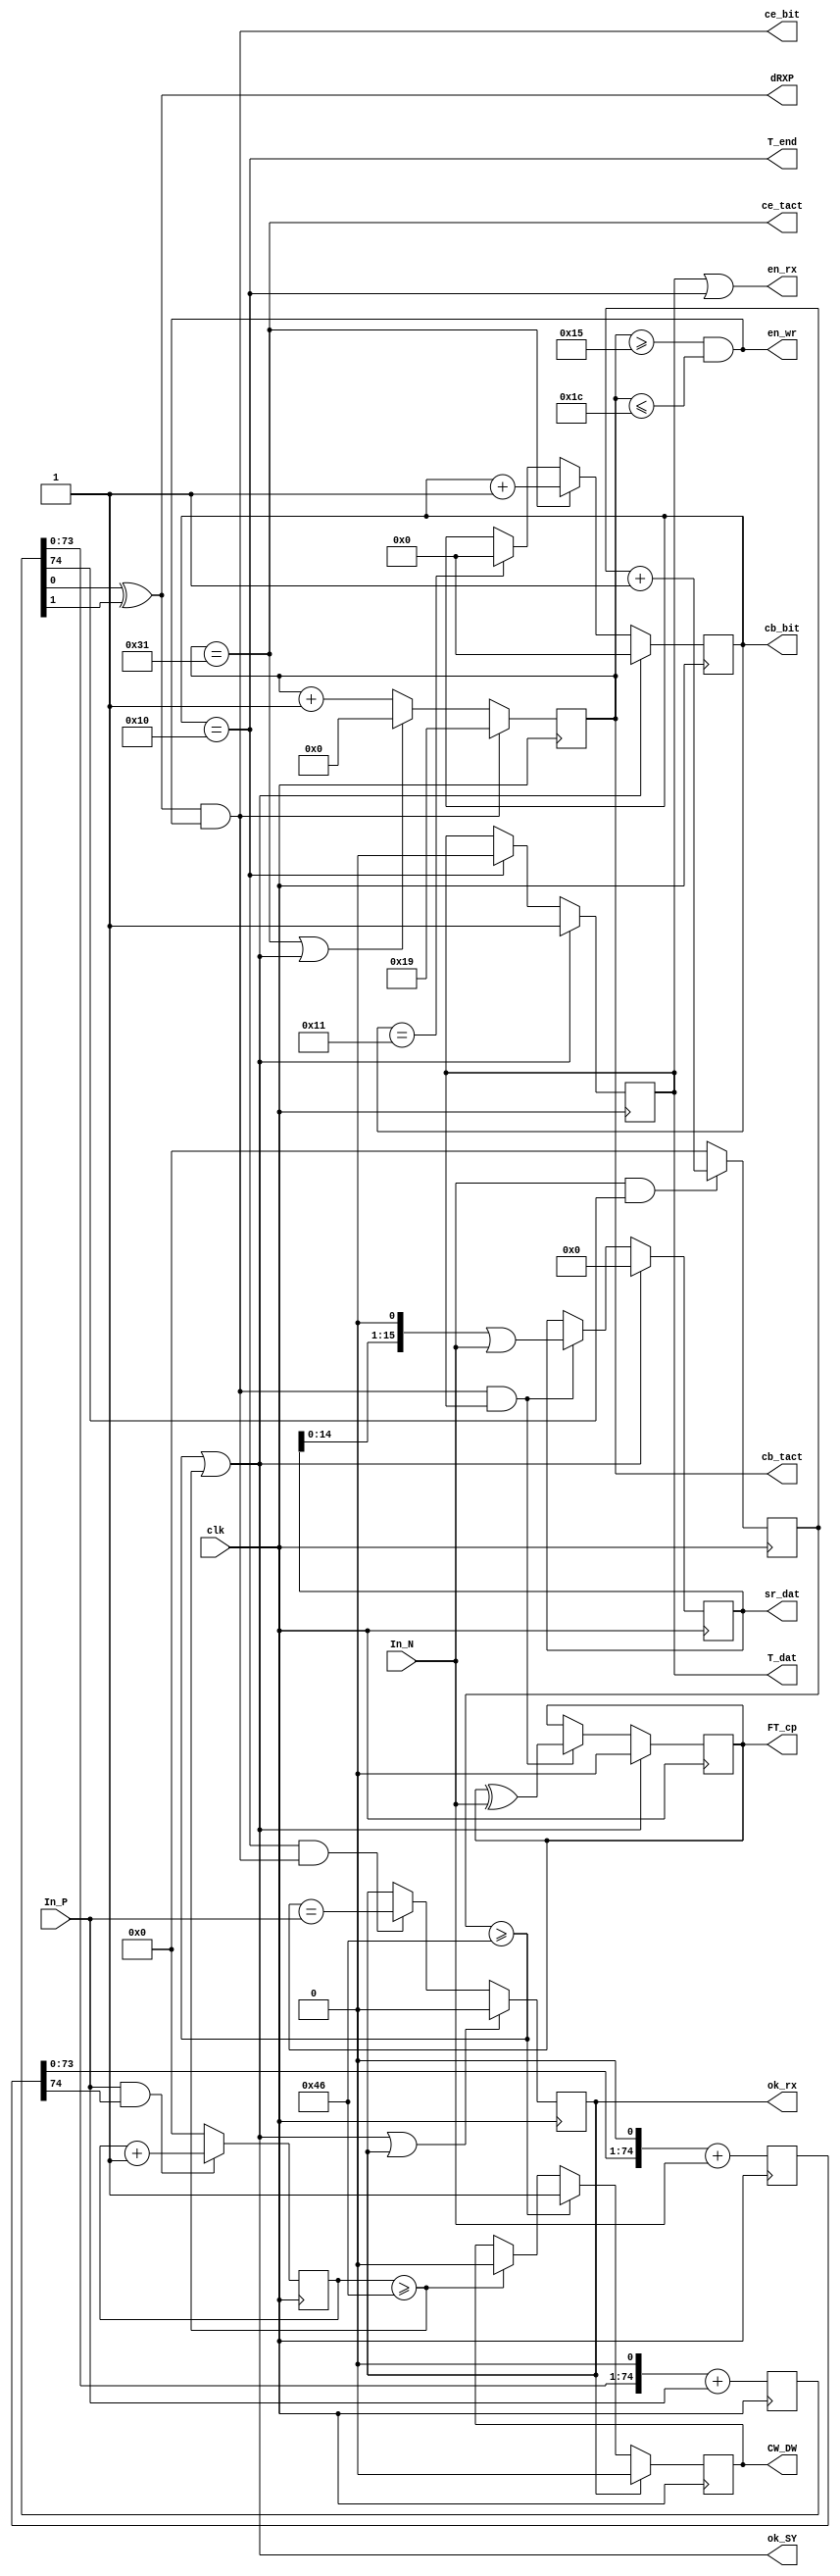
`timescale 1ns / 1ps
//////////////////////////////////////////////////////////////////////////////////
// Company: 
// Engineer: 
// 
// Design Name: 
// Module Name:    MIL_RXD 
// Project Name: 
// Target Devices: 
// Tool versions: 
// Description: 
//
// Dependencies: 
//
// Revision: 
// Revision 0.01 - File Created
// Additional Comments: 
//
//////////////////////////////////////////////////////////////////////////////////
module MIL_RXD( input In_P, output wire ok_SY, 			// 
                input In_N,	output wire dRXP, 			//  RXP
                input clk,	output wire[5:0] cb_tact, 	// 
                            output wire[4:0] cb_bit, 	// 
                            output wire en_wr, 			//  
                            output wire ce_tact, 		// 
                            output wire ce_bit,		 	// 
                            output wire en_rx, 			//  
                            output wire T_dat, 			// 
                            output wire T_end, 			//  
                            output wire FT_cp, 			//  
                            output wire [15:0]sr_dat ,  //  
                            output wire ok_rx, 			//  
                            output wire CW_DW);         //   

    parameter RXvel     = 1000000;                      // 1MHz
    parameter Fclk      = 50000000;                     // 50 MHz
    parameter ref_SY    = 70;

    reg[5:0] cbTact     = 0;
    reg[4:0] cbBit      = 0;

    assign RXN          = In_N;
    assign RXP          = In_P;
    assign cb_tact      = cbTact;
    assign cb_bit       = cbBit[4:0];

    // Detecting data word	
    reg [74:0]bufN      = 0;
    reg [6:0]cb_SY_DW   = 0;
    reg [6:0]cb_SY_CW   = 0;
    reg _cw_dw          = 0;

    assign ok_SY_CW		= (cb_SY_CW >= ref_SY);         // current word is control
    assign ok_SY_DW		= (cb_SY_DW	>=	ref_SY);
    assign ok_SY        = (ok_SY_CW | ok_SY_DW);        // currrent word is data
    assign CW_DW        = _cw_dw;
    assign D_RXN        = bufN[74];
    assign Neg_detect 	= RXP & D_RXN;

    always @( posedge clk ) begin
        bufN        <=  (bufN << 1) + RXN;
        cb_SY_DW    <=  Neg_detect  ? (cb_SY_DW + 1): 0;
        _cw_dw 	  <=  ok_rx       ? 0             : 
                        (ok_SY_CW)  ? 1             : 
                        ok_SY_DW    ? 0             : _cw_dw;
    end

    // Detecting control word
    reg [74:0]bufP      = 0;

    assign D_RXP        = bufP[74];
    assign Pos_detect   = RXN & D_RXP;

    always @( posedge clk ) begin
        bufP        <= (bufP << 1) + RXP;
        cb_SY_CW    <= Pos_detect ? (cb_SY_CW + 1) : 0;
    end

    // recieve data and clk synchronization
    parameter set_M     = 25;
    parameter  refL     = 21;
    parameter  refH     = 28;

    reg [15:0] data     = 0;
    reg        tDat		= 0;
    reg			 FP		= 0;
    reg			 OK		= 0;

    assign	T_dat       = tDat;
    assign	T_end       = (cbBit == 16);
    assign 	sr_dat      = data[15:0];
    assign	en_wr       = (cb_tact >= refL) & (cb_tact <= refH);
    assign  ce_tact     = (cbTact == 49);
    assign  dRXP        = bufP[0] ^ bufP[1];
    assign  ce_bit      = dRXP & en_wr;
    assign	FT_cp       = FP;
    assign 	ok_rx       = OK;
    assign 	en_rx       = (T_dat | T_end);

    always @( posedge clk ) begin
        tDat    <= ok_SY  ? 1       : (cbBit == 16)    ? 0                   	: tDat;
        cbTact  <= ce_bit ? set_M   : (ce_tact|ok_SY)  ? 0                   	: cbTact + 1;
        cbBit   <= ok_SY  ? 0			: ce_tact          ? cbBit + 1           	: (cbBit == 17) ? 0 : cbBit;

        data    <= ok_SY  ? 0			: (ce_bit & T_dat) ? ((data << 1) | RXN) 	: data;
        FP      <= ok_SY  ? 0			: (ce_bit & T_dat) ? (FP ^ RXN)				: FP;

        OK      <= (ok_SY|OK)  ? 0  : (T_end & ce_bit) ? (FP == RXP)				: OK; 
    end	
	
endmodule